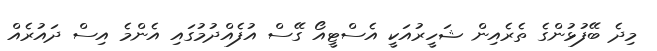
މިދެ ބޭފުޅުންގެ ތެރެއިން ޝަހީރުއަކީ އެސްޓީއޯ ގޭސް އުފެއްދުމުގައި އެންމެ އިސް ދައުރެއް